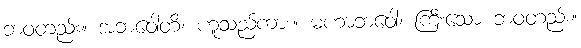
ဘဝတည်း။ အဘဝေါတိ၊ ဟူသည်ကား။ မဟာဘဝေါ၊ ကြီးသော ဘဝတည်း။